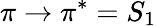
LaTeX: \pi\rightarrow\pi^{*}=S_{1}